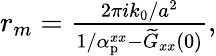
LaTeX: \begin{array}{r}{r_{m}=\frac{2\pi ik_{0}/a^{2}}{1/\alpha_{\mathrm{p}}^{xx}-\widetilde G_{xx}(0)},}\end{array}